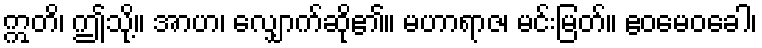
ဣတိ၊ ဤသို့။ အာဟ၊ လျှောက်ဆို၏။ မဟာရာဇ၊ မင်းမြတ်။ ဧဝမေဝခေါ၊